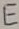
Text: E